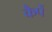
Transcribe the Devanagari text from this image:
कैपें